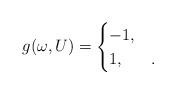
LaTeX: \begin{align*}g (\omega, U) = \begin{cases} -1, & \\ 1, & . \end{cases}\end{align*}